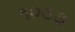
૧૦૩૭